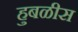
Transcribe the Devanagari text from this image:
हुबळीस